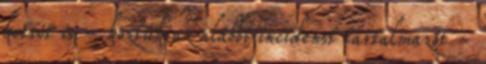
kettőt is - köztük az alábbi incidenst tartalmazót -